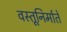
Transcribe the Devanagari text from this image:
वस्तूनिर्माते